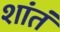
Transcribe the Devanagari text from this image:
शांतं